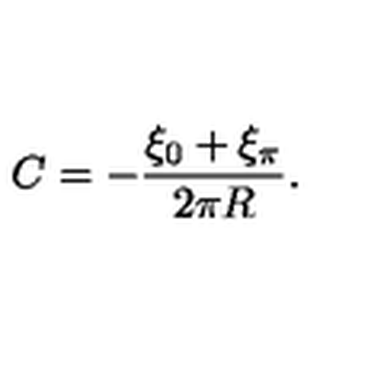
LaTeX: C = - { \frac { \xi _ { 0 } + \xi _ { \pi } } { 2 \pi R } } .